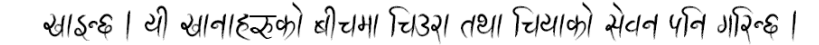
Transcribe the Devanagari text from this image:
खाल्छ । यी खानाहरूको बीचमा चिल्लो तथा चियाको सेवन पनि गरिन्छ ।